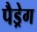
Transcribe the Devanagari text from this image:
पैड्रेग